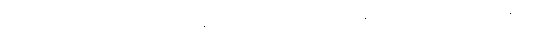
သူတို့ ဆက်အပ်နေကြလို့လည်း လုပ်ငန်းတွေ မပျက်သွားတာပါ လို့ ရန်ကုန်မြို့ လှိုင်သာယာစက်မူဇုန် က